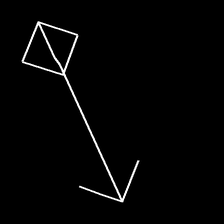
Glyph: focus